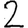
Digit: 2